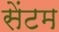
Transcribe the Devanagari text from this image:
सेंटम